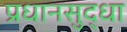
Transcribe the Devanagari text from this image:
प्रधानसुद्धा